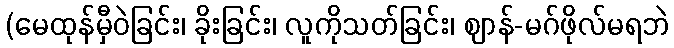
(မေထုန်မှီဝဲခြင်း၊ ခိုးခြင်း၊ လူကိုသတ်ခြင်း၊ ဈာန်-မဂ်ဖိုလ်မရဘဲ